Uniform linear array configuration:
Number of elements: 64
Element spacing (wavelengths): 1
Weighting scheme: cosine
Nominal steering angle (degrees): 0
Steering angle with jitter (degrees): -0.4622
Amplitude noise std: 0.05
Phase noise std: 0.05

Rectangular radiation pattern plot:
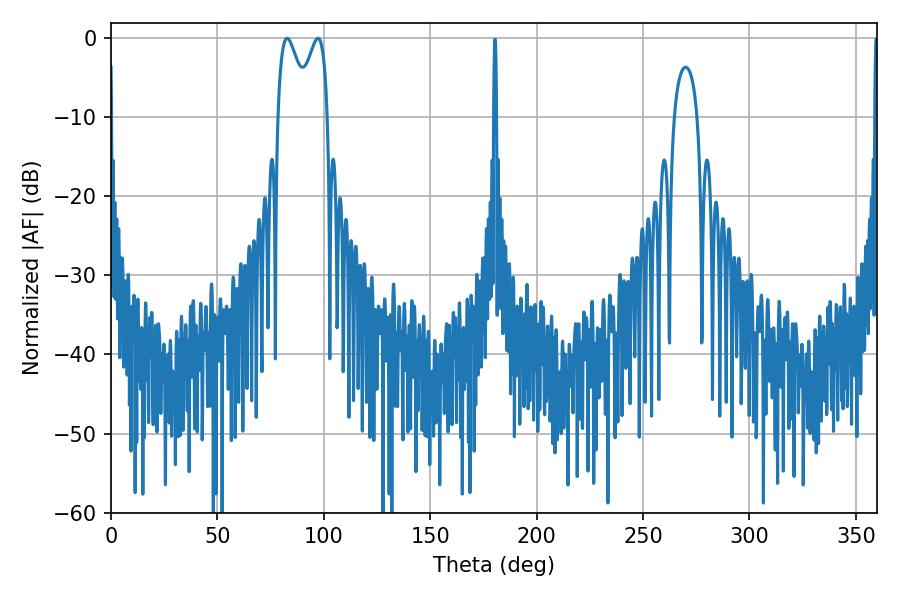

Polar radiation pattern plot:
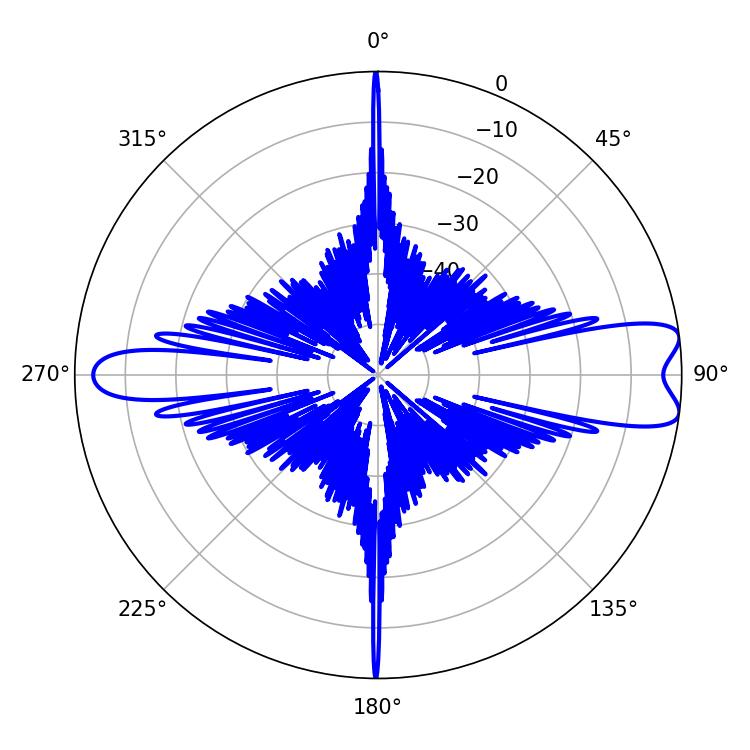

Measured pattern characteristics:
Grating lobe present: TRUE
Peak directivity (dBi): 9.897
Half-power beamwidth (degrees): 7.74
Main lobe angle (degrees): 82.8